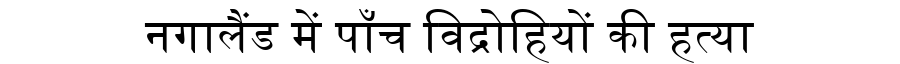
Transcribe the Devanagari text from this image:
नगालैंड में पाँच विद्रोहियों की हत्या